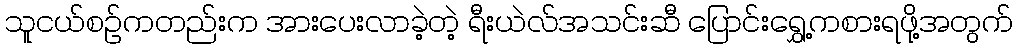
သူငယ်စဉ်ကတည်းက အားပေးလာခဲ့တဲ့ ရီးယဲလ်အသင်းဆီ ပြောင်းရွှေ့ကစားရဖို့အတွက်